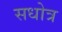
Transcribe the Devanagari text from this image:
सधोत्र